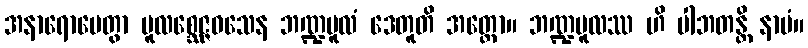
အနာရောပေတွာ မူလစ္ဆေဇ္ဇဝသေန ဘဏ္ဍမူလံ ဒေတူတိ အတ္ထော။ ဘဏ္ဍမူလဿ ဟိ ပါဘတန္တိ နာမံ။